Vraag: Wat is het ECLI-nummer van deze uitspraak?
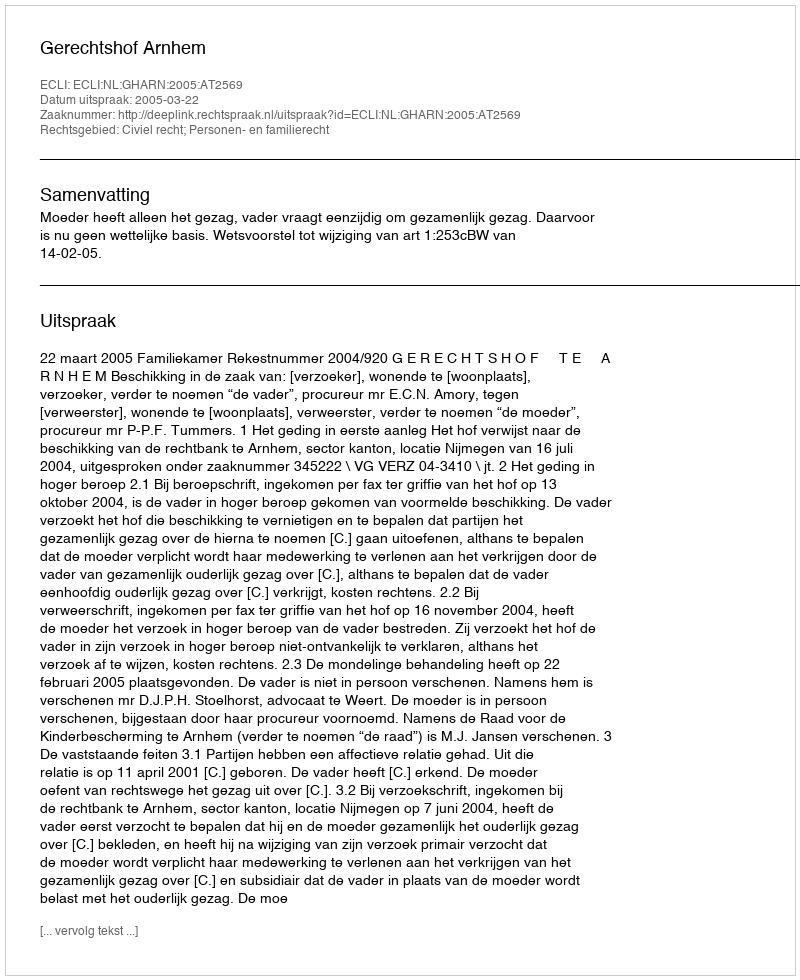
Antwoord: ECLI:NL:GHARN:2005:AT2569